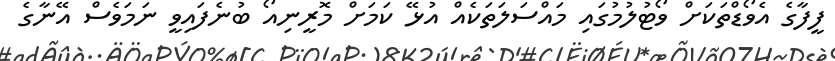
ފީފާގެ އެވޯޑްތަކަށް ވޯޓުލުމުގައި މައްސަލަތަކެއް އުޅޭ ކަމަށް މޮރީނިއޯ ބުނެފައިވީ ނަމަވެސް އޭނާގެ